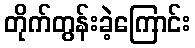
တိုက်တွန်းခဲ့ကြောင်း